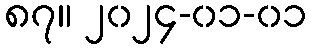
၈၇။ ၂၀၂၄-၀၁-၀၁